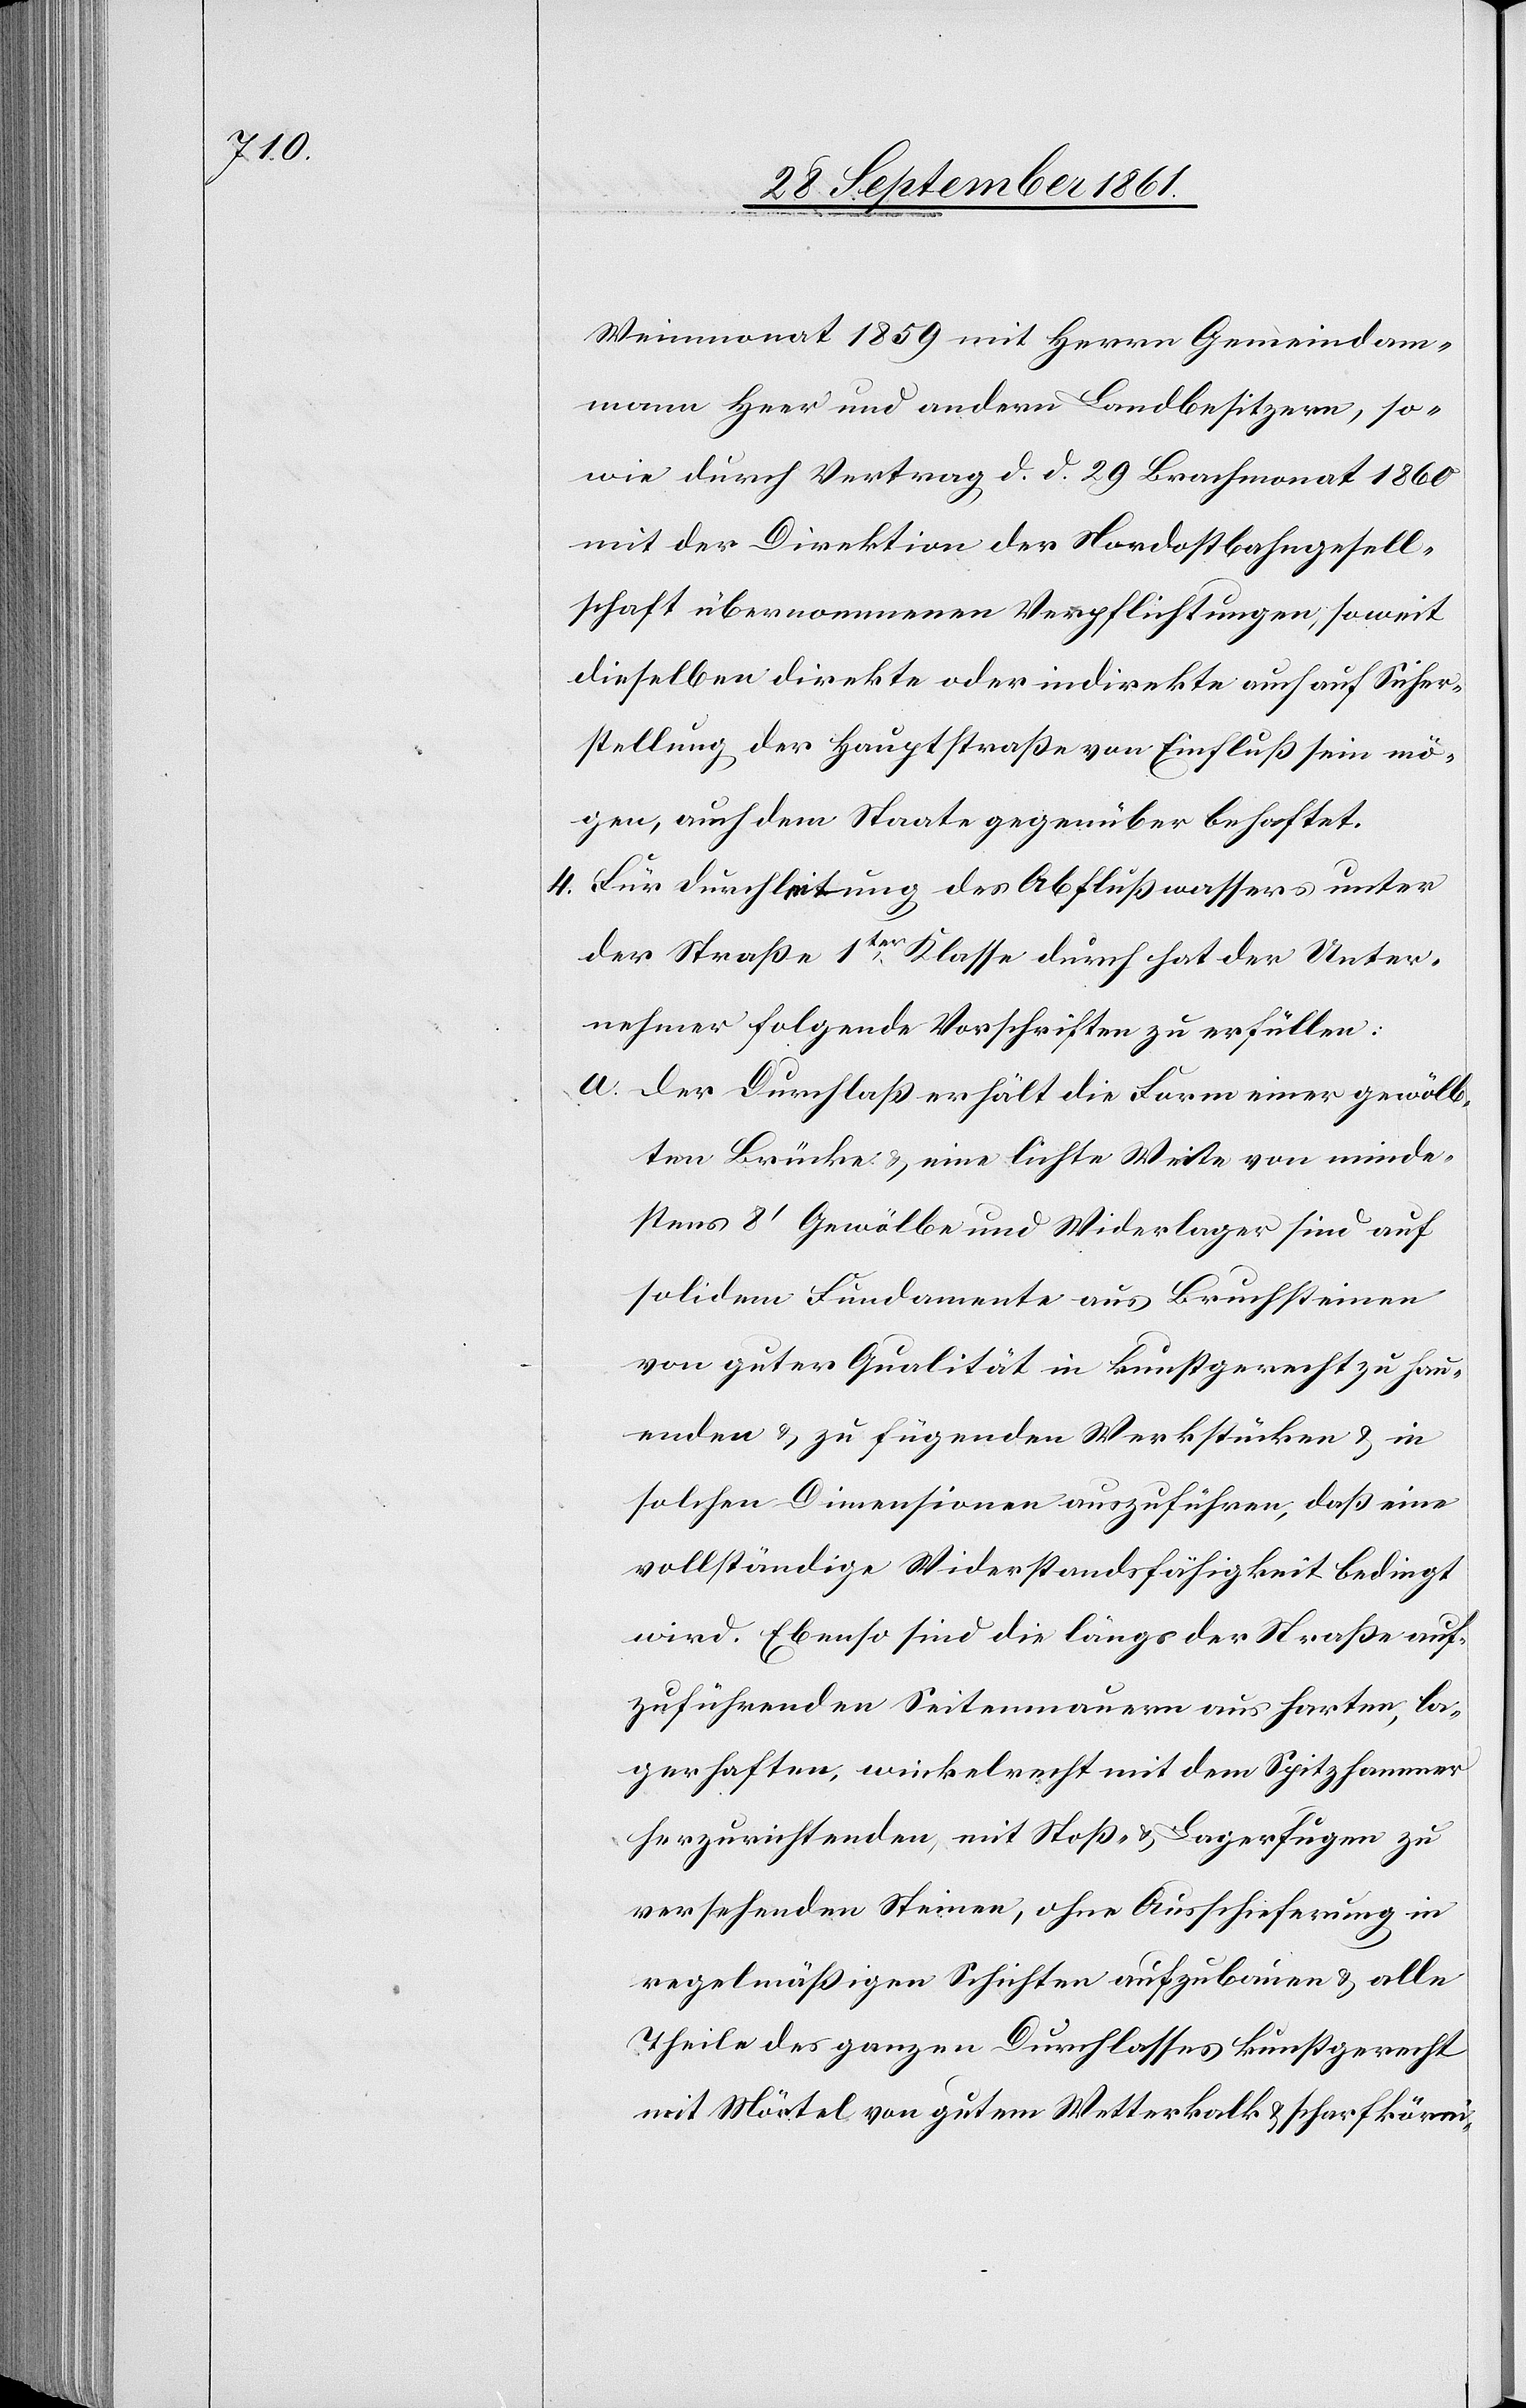
Weinmonat 1859 mit Herrn Gemeindam¬
mann Heer und andern Landbesitzern, so¬
wie durch Vertrag d. d. 29 Brachmonat 1860
mit der Direktion der Nordostbahngesell¬
schaft übernommenen Verpflichtungen, soweit
dieselben direkte oder indirekte auch auf Sicher¬
stellung der Hauptstraßen von Einfluß sein mö¬
gen, auch dem Staate gegenüber behaftet.
4. Für Durchleitung des Abflußwassers unter
der Straße 1ter Klasse durch hat der Unter¬
nehmer folgende Vorschriften zu erfüllen:
a. Der Durchlaß erhält die Form einer gewölb¬
ten Brücke u. eine lichte Weite von minde¬
stens 8’ Gewölbe und Widerlager sind auf
solidem Fundamente aus Bruchsteinen
von guter Qualität in kunstgerecht zu hau¬
enden u. zu führenden Werkstücken u. in
solchen Dimensionen auszuführen, daß eine
vollständige Widerstandsfähigkeit bedingt
wird. Ebenso sind die längs der Straße auf¬
zuführenden Seitenmauern aus harten, la¬
gerhaften, winkelrecht mit dem Spitzhammer
herzurichtenden, mit Stoß- u. Lagerfugen zu
versehenden Steinen, ohne Ausschieferung in
regelmäßigen Schichten aufzubauen u. alle
Theile des ganzen Durchlasses kunstgerecht
mit Mörtel von gutem Wetterkalk u. scharfkörni-